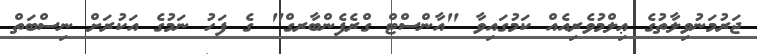
ޖަރުމަނުވިލާތުގެ ޢިލްމުވެރިއެއް ކަމުގައިވާ "އާންސްޓް ގްރެފެންބާރގް" ގެ ފަހު ނަމުގެ އަކުރަށް ނިސްބަތް